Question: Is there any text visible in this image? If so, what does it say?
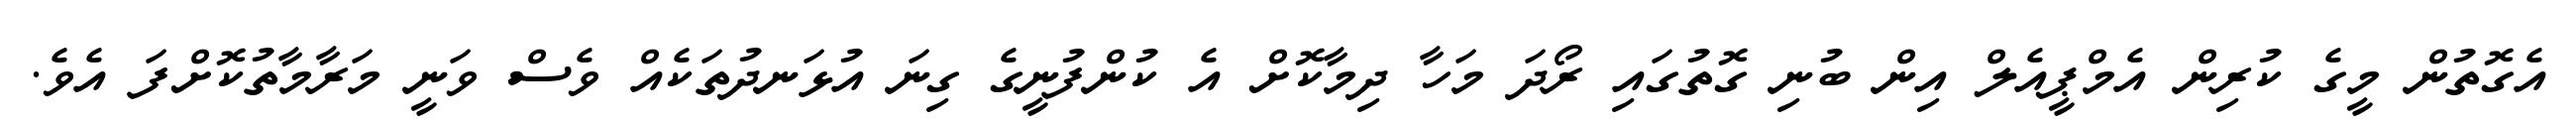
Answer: އެގޮތުން މީގެ ކުރިން އެމްޕީއެލް އިން ބުނި ގޮތުގައި ރޯދަ މަހާ ދިމާކޮށް އެ ކުންފުނީގެ ގިނަ އުޅަނދުތަކެއް ވެސް ވަނީ މަރާމާތުކޮށްފަ އެވެ.